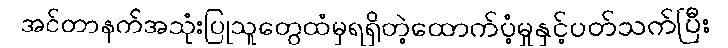
အင်တာနက်အသုံးပြုသူတွေထံမှရရှိတဲ့ထောက်ပံ့မှုနှင့်ပတ်သက်ပြီး